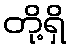
တို့ရှိ